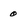
Character: 0